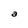
Character: a